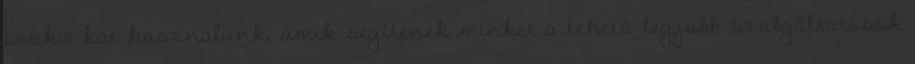
cookie-kat használunk, amik segítenek minket a lehető legjobb szolgáltatások